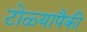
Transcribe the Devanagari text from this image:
टोळ्यापैकी